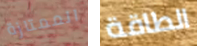
الممتازة الطاقة